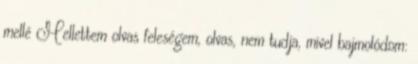
mellé Mellettem olvas feleségem, olvas, nem tudja, mivel bajmolódom: